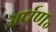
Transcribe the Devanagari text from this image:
अर्पण॰